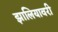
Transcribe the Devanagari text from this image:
झालियावरी